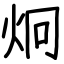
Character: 炯